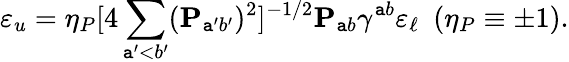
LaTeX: \varepsilon_{u}=\eta_{P}[4\sum_{\mathtt{a}^{\prime}<b^{\prime}}({\mathbf{P}}_{\mathtt{a}^{\prime}b^{\prime}})^{2}]^{-1/2}{\mathbf{P}}_{\mathtt{a}b}\gamma^{\mathtt{a}b}\varepsilon_{\ell}\ \ (\eta_{P}\equiv\pm1).